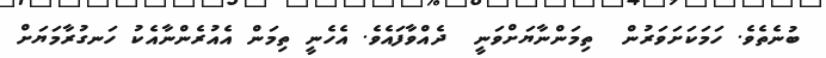
ބުނެތެވެ. ހަމަކަށަވަރުން  ތިމަންނާޔަށްވަނީ  ދެއްވާފައެވެ. އެހެނީ ތިމަން އެއުރެންނާއެކު ހަނގުރާމަޔަށް